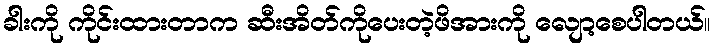
ခါးကို ကိုင်းထားတာက ဆီးအိတ်ကိုပေးတဲ့ဖိအားကို လျော့စေပါတယ်။